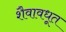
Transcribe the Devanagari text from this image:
शैवावधूत